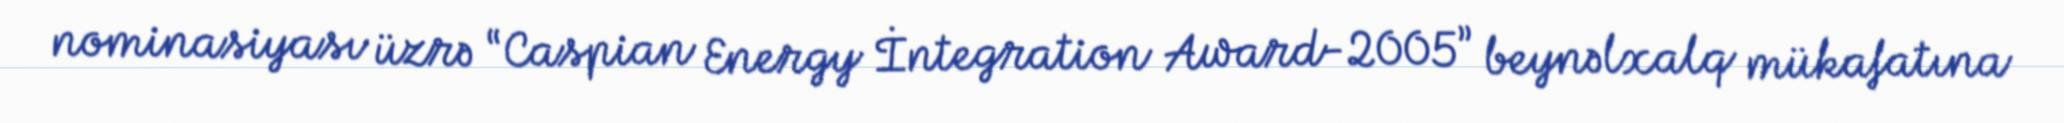
nominasiyası üzrə “Caspian Energy İntegration Award-2005” beynəlxalq mükafatına